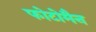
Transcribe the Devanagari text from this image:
फोटोमैन